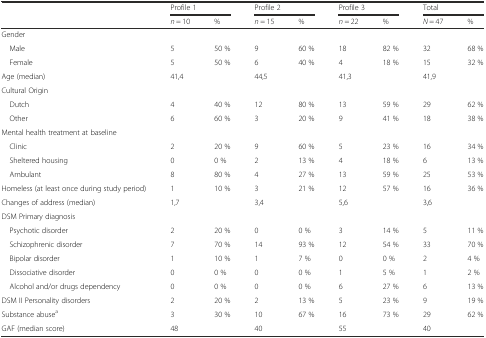
<table><thead><tr><td rowspan="2"></td><td colspan="2"><b>Profile 1</b></td><td colspan="2"><b>Profile 2</b></td><td colspan="2"><b>Profile 3</b></td><td colspan="2"><b>Total</b></td></tr><tr><td><b><i>n</i> = 10</b></td><td><b>%</b></td><td><b><i>n</i> = 15</b></td><td><b>%</b></td><td><b><i>n</i> = 22</b></td><td><b>%</b></td><td><b><i>N</i> = 47</b></td><td><b>%</b></td></tr></thead><tbody><tr><td colspan="9">Gender</td></tr><tr><td> Male</td><td>5</td><td>50 %</td><td>9</td><td>60 %</td><td>18</td><td>82 %</td><td>32</td><td>68 %</td></tr><tr><td> Female</td><td>5</td><td>50 %</td><td>6</td><td>40 %</td><td>4</td><td>18 %</td><td>15</td><td>32 %</td></tr><tr><td>Age (median)</td><td>41,4</td><td></td><td>44,5</td><td></td><td>41,3</td><td></td><td>41,9</td><td></td></tr><tr><td colspan="9">Cultural Origin</td></tr><tr><td> Dutch</td><td>4</td><td>40 %</td><td>12</td><td>80 %</td><td>13</td><td>59 %</td><td>29</td><td>62 %</td></tr><tr><td> Other</td><td>6</td><td>60 %</td><td>3</td><td>20 %</td><td>9</td><td>41 %</td><td>18</td><td>38 %</td></tr><tr><td colspan="9">Mental health treatment at baseline</td></tr><tr><td> Clinic</td><td>2</td><td>20 %</td><td>9</td><td>60 %</td><td>5</td><td>23 %</td><td>16</td><td>34 %</td></tr><tr><td> Sheltered housing</td><td>0</td><td>0 %</td><td>2</td><td>13 %</td><td>4</td><td>18 %</td><td>6</td><td>13 %</td></tr><tr><td> Ambulant</td><td>8</td><td>80 %</td><td>4</td><td>27 %</td><td>13</td><td>59 %</td><td>25</td><td>53 %</td></tr><tr><td>Homeless (at least once during study period)</td><td>1</td><td>10 %</td><td>3</td><td>21 %</td><td>12</td><td>57 %</td><td>16</td><td>36 %</td></tr><tr><td>Changes of address (median)</td><td>1,7</td><td></td><td>3,4</td><td></td><td>5,6</td><td></td><td>3,6</td><td></td></tr><tr><td colspan="9">DSM Primary diagnosis</td></tr><tr><td> Psychotic disorder</td><td>2</td><td>20 %</td><td>0</td><td>0 %</td><td>3</td><td>14 %</td><td>5</td><td>11 %</td></tr><tr><td> Schizophrenic disorder</td><td>7</td><td>70 %</td><td>14</td><td>93 %</td><td>12</td><td>54 %</td><td>33</td><td>70 %</td></tr><tr><td> Bipolar disorder</td><td>1</td><td>10 %</td><td>1</td><td>7 %</td><td>0</td><td>0 %</td><td>2</td><td>4 %</td></tr><tr><td> Dissociative disorder</td><td>0</td><td>0 %</td><td>0</td><td>0 %</td><td>1</td><td>5 %</td><td>1</td><td>2 %</td></tr><tr><td> Alcohol and/or drugs dependency</td><td>0</td><td>0 %</td><td>0</td><td>0 %</td><td>6</td><td>27 %</td><td>6</td><td>13 %</td></tr><tr><td>DSM II Personality disorders</td><td>2</td><td>20 %</td><td>2</td><td>13 %</td><td>5</td><td>23 %</td><td>9</td><td>19 %</td></tr><tr><td>Substance abuse<sup>a</sup></td><td>3</td><td>30 %</td><td>10</td><td>67 %</td><td>16</td><td>73 %</td><td>29</td><td>62 %</td></tr><tr><td>GAF (median score)</td><td>48</td><td></td><td>40</td><td></td><td>55</td><td></td><td>40</td><td></td></tr></tbody></table>